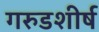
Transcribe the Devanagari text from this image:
गरुडशीर्ष